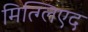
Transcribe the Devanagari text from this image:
मित्ग्लिएद